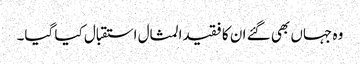
وہ جہاں بھی گئے ان کا فقیدالمثال استقبال کیا گیا۔